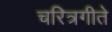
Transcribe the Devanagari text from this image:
चरित्रगीते